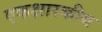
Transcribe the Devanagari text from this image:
एकक्षारकीय